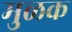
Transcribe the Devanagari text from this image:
मुळक